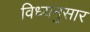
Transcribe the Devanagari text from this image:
विध्यनुसार